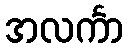
အလင်္ကာ